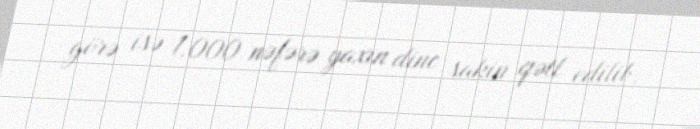
görə isə 1.000 nəfərə yaxın dinc sakin qətl edilib.